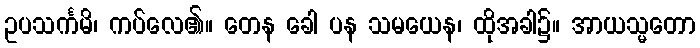
ဥပသင်္ကမိ၊ ကပ်လေ၏။ တေန ခေါ ပန သမယေန၊ ထိုအခါ၌။ အာယသ္မတော